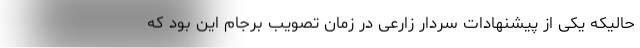
حالیکه یکی از پیشنهادات سردار زارعی در زمان تصویب برجام این بود که